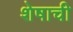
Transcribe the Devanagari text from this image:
शेषाची